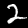
Digit: 2